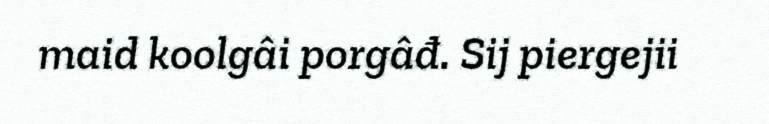
maid koolgâi porgâđ. Sij piergejii